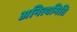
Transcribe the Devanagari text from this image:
अनित्यमिति